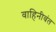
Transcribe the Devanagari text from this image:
वाहिनीवंत